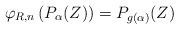
LaTeX: \begin{align*}\varphi_{R, n}\left( P_{\alpha}(Z) \right) = P_{g(\alpha)}(Z)\end{align*}